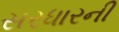
સરધારની